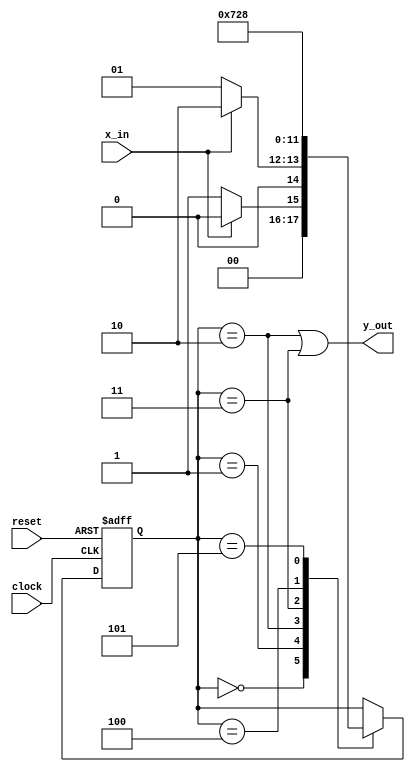
module detector(
	output y_out,
	input x_in,clock,reset
);
	reg [2:0]state;
	parameter S0=3'b000,S1=3'b001,S2=3'b010,S3=3'b011,S4=3'b100,S5=3'b101;
	always@(posedge clock,negedge reset)
		if(reset==0) state<=S0;
		else 
			case(state)
				S0:if(x_in) state<=S0; else state<=S1;
				S1:if(x_in) state<=S2; else state<=S1;
				S2:state<=S3;
				S3:state<=S4;
				S4:state<=S5;
				S5:state<=S0;
			endcase
	assign y_out=(state==S2)||(state==S3);
endmodule